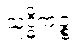
သုဒ္ဓိကဉ္စ